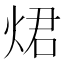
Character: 𤉙